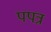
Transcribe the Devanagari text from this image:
पपत्र